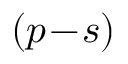
( p \! - \! s )